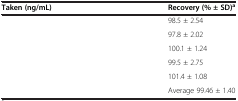
<table><thead><tr><td><b>Taken (ng/mL)</b></td><td><b>Recovery (% ± SD)<sup>a</sup></b></td></tr></thead><tbody><tr><td>[EMPTY_CELL]</td><td>98.5 ± 2.54</td></tr><tr><td>[EMPTY_CELL]</td><td>97.8 ± 2.02</td></tr><tr><td>[EMPTY_CELL]</td><td>100.1 ± 1.24</td></tr><tr><td>[EMPTY_CELL]</td><td>99.5 ± 2.75</td></tr><tr><td>[EMPTY_CELL]</td><td>101.4 ± 1.08</td></tr><tr><td>[EMPTY_CELL]</td><td>Average 99.46 ± 1.40</td></tr></tbody></table>